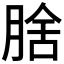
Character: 𭨻